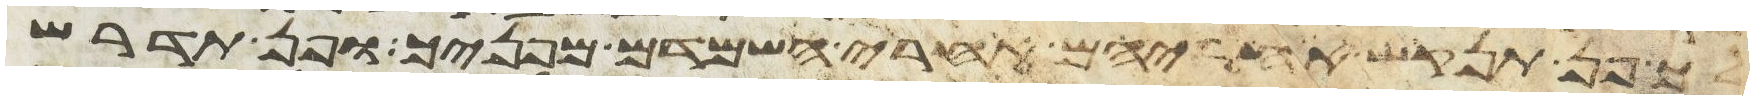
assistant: לך פן תנקש אחריהם אחרי השמידם מפניך ופן תדרש